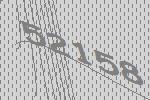
52158